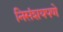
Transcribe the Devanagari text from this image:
निसंशयपणे